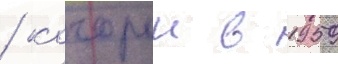
/ которыи в 1959